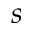
s